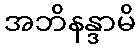
အဘိနန္ဒာမိ